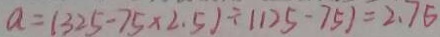
a = ( 3 2 5 - 7 5 \times 2 . 5 1 \div 1 1 2 5 - 7 5 ) = 2 . 7 5